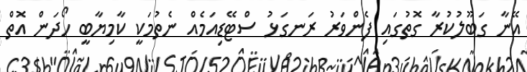
އޭނާ ގަބޫލުކުރާ ގޮތުގައި ފެންވަރު ރަނގަޅު ސްޓޭޑިއަމެއް ނެތުމަކީ ކާމިޔާބީ ހޯދަން އޮތް